Report of the Indian Hemp Drugs Commission, 1894-1895 - Volume V
Year: 1894
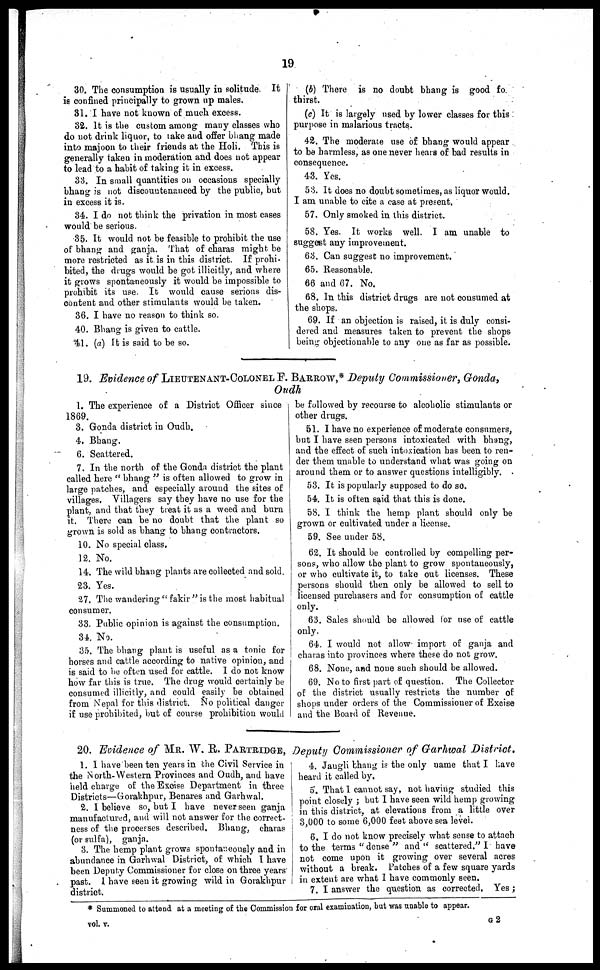
19
30. The consumption is usually in solitude. It
is confined principally to grown up males.
31. I have not known of much excess.
32. It is the custom among many classes who
do not drink liquor, to take and offer bhang made
into majoon to their friends at the Holi. This is
generally taken in moderation and does not appear
to lead to a habit of taking it in excess.
33. In small quantities on occasious specially
bhang is not discountenanced by the public, but
in excess it is.
34. I do not think the privation in most cases
would be serious.
35. It would not be feasible to prohibit the use
of bhang and ganja. That of charas might be
more restricted as it is in this district. If prohi-
bited, the drugs would be got illicitly, and where
it grows spontaneously it would be impossible to
prohibit its use. It would cause serious dis-
content and other stimulants would be taken.
36. I have no reason to think so.
40. Bhang is given to cattle.
41. (a) It is said to be so.
(b) There is no doubt bhang is good fo
thirst.
(c) It is largely used by lower classes for this
purpose in malarious tracts.
42. The moderate use of bhang would appear
to be harmless, as one never hears of bad results in
consequence.
43. Yes.
53. It does no doubt sometimes, as liquor would.
I am unable to cite a case at present.
57. Only smoked in this district.
58. Yes. It works well. I am unable to
suggest any improvement.
63. Can suggest no improvement.
65. Reasonable.
66 and 67. No.
68. In this district drugs are not consumed at
the shops.
69. If an objection is raised, it is duly consi-
dered and measures taken to prevent the shops
being objectionable to any one as far as possible.
19. Evidence of LIEUTENANT-COLONEL F. BARROW,* Deputy Commissioner, Gonda,
Oudh
1. The experience of a District Officer since
1869.
3. Gonda district in Oudh.
4. Bhang.
6. Scattered.
7. In the north of the Gonda district the plant
called here "bhang" is often allowed to grow in
large patches, and especially around the sites of
villages. Villagers say they have no use for the
plant, and that they treat it as a weed and burn
it. There can be no doubt that the plant so
grown is sold as bhang to bhang contractors.
10. No special class.
12. No.
14. The wild bhang plants are collected and sold.
23. Yes.
27. The wandering "fakir" is the most habitual
consumer.
33. Public opinion is against the consumption.
34. No.
35. The bhang plant is useful as a tonic for
horses and cattle according to native opinion, and
is said to be often used for cattle. I do not know
how far this is true. The drug would certainly be
consumed illicitly, and could easily be obtained
from Nepal for this district. No political danger
if use prohibited, but of course prohibition would
be followed by recourse to alcoholic stimulants or
other drugs.
51. I have no experience of moderate consumers,
but I have seen persons intoxicated with bhang,
and the effect of such intoxication has been to ren-
der them unable to understand what was going on
around them or to answer questions intelligibly
53. It is popularly supposed to do so.
54. It is often said that this is done.
58. I think the hemp plant should only be
grown or cultivated under a license.
59. See under 58.
62. It should be controlled by compelling per-
sons, who allow the plant to grow spontaneously,
or who cultivate it, to take out licenses. These
persons should then only be allowed to sell to
licensed purchasers and for consumption of cattle
only.
63. Sales should be allowed lor use of cattle
only.
64. I would not allow import of ganja and
charas into provinces where these do not grow.
68. None, and noue such should be allowed.
69. No to first part of question. The Collector
of the district usually restricts the number of
shops under orders of the Commissioner of Excise
and the Board of Revenue.
20. Evidence of MR. W. R. PARTRIDGE, Deputy Commissioner of Garhwal District,
1. 1 have been ten years in the Civil Service in
the North-Western Provinces and Oudh, and have
held charge of the Excise Department in three
Districts—Gorakhpur, Benares and Garhwal.
2. 1 believe so, but I have never seen ganja
manufactured, and will not answer for the correct-
ness of the processes described. Bhang, charas
(or sulfa), ganja.
3. The hemp plant grows spontaneously and in
abundance in Garhwal District, of which I have
been Deputy Commissioner for close on three years
past. I have seen it growing wild in Gorakhpur
district.
4. Jaugli bhang is the only name that I have
heard it called by.
5. That I cannot say, not having studied this
point closely; but I have seen wild hemp growing
in this district, at elevations from a little over
3,000 to some 6,000 feet above sea level.
6. I do not know precisely what sense to attach
to the terms "dense" and "scattered." I have
not come upon it growing over several acres
without a break. Patches of a few square yards
in extent are what I have commonly seen.
7. I answer the question as corrected. Yes;
* Summoned to attend at a meeting of the Commission for oral examination, but was unable to appear.
vol. v.
G 2